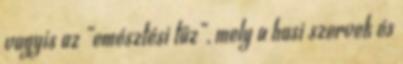
vagyis az „emésztési tűz”, mely a hasi szervek és